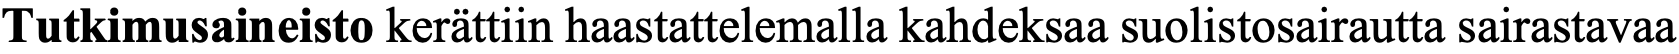
Tutkimusaineisto kerättiin haastattelemalla kahdeksaa suolistosairautta sairastavaa